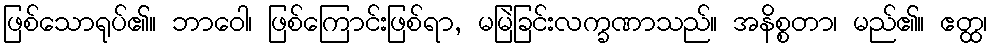
ဖြစ်သောရုပ်၏။ ဘာဝေါ၊ ဖြစ်ကြောင်းဖြစ်ရာ, မမြဲခြင်းလက္ခဏာသည်။ အနိစ္စတာ၊ မည်၏။ ဧတ္ထ၊